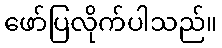
ဖော်ပြလိုက်ပါသည်။